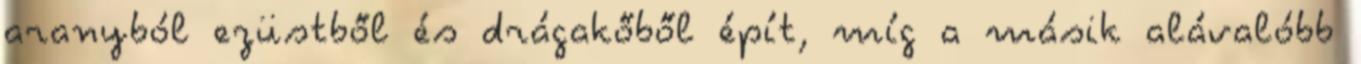
aranyból ezüstből és drágakőből épít, míg a másik alávalóbb